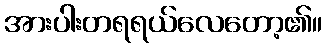
အားပါးတရရယ်လေတော့၏။